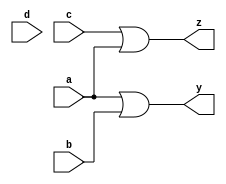
module encoder(input a,
               input b,
               input c,
               input d,
               output y,
               output z);
  or or1(y,a,b);
  or or2(z,c,a);
endmodule